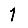
Digit: 1